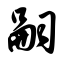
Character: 嗣